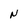
Character: N